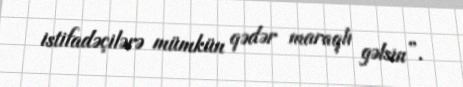
istifadəçilərə mümkün qədər maraqlı gəlsin”.